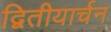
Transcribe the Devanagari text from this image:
द्वितीयार्चन